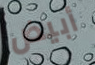
أبيض